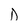
Character: D